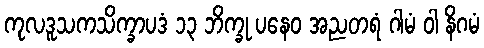
ကုလဒူသကသိက္ခာပဒံ ၁၃ ဘိက္ခု ပနေဝ အညတရံ ဂါမံ ဝါ နိဂမံ